Lunatic asylums in Bengal annual reports 1888-1898 - 1888-1898
Year: 1888
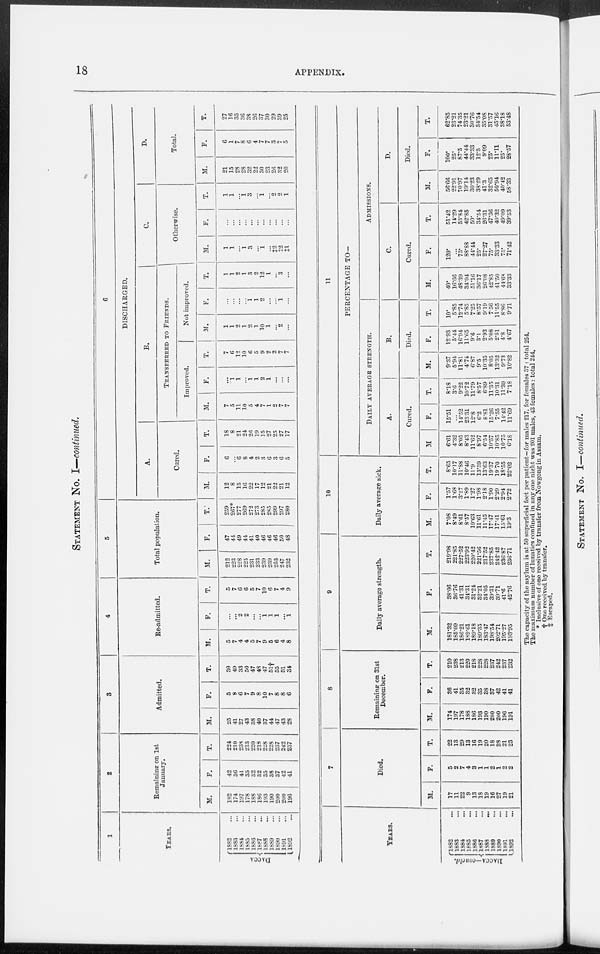
18
APPENDIX.
STATEMENT No. I—continued.
1
YEARS.
DACCA
1882 ...
1883 ...
1884 ...
1885 ...
1886 ...
1887 ...
1888 ...
1889 ...
1890 ...
1891 ...
1892 ...
2
Remaining on 1st
January.
M.
182
174
197
178
188
186
193
190
200
200
196
F.
42
36
41
35
32
32
35
38
37
42
41
T.
224
210
238
213
220
218
228
228
237
242
237
3
Admitted.
M.
25
41
27
43
38
40
37
44
47
43
28
F.
5
8
6
7
9
8
10
7
8
8
6
T.
30
49
33
50
47
48
47
51†
55
51
34
4
Re-admitted.
M.
5
7
4
4
5
7
9
5
6
4
8
F.
...
...
2
2
...
...
1
1
1
...
1
T.
5
7
6
6
5
7
10
6
7
4
9
5
Total population.
M.
212
223
228
225
231
233
239
239
253
247
232
F.
47
44
49
44
41
40
46
46
46
50
48
T.
259
267*
277
269
272
273
285
285
299
297
280
6
DISCHARGED.
A.
Cured.
M.
12
8
15
16
22
17
12
21
22
21
12
F.
6
...
6
8
4
2
3
6
3
6
5
T.
18
8
21
24
26
19
15
27
25
27
17
B.
TRANSFERRED TO FRIENDS.
Improved.
M.
7
5
11
10
5
4
7
1
2
7
7
F.
...
1
1
...
1
1
2
1
...
...
...
T.
7
6
12
10
6
5
9
2
2
7
7
Not improved.
M.
1
1
2
1
2
1
10
1
...
2
...
F.
...
...
...
...
1
1
2
...
...
1
...
T.
1
1
2
1
3
2
12
1
...
3
...
C.
Otherwise.
M.
1
1
...
1
3
...
1
...
‡2
‡2
‡1
F.
...
...
...
...
...
...
...
...
...
...
...
T.
1
1
...
1
3
...
1
...
2
2
1
D.
Total.
M.
21
15
28
28
32
22
30
23
26
32
20
F.
6
1
7
8
6
4
7
7
3
7
5
T.
27
16
35
36
38
26
37
30
29
39
25
YEARS.
DACCA—concld.
1882 ...
1883 ...
1884 ...
1885 ...
1886 ...
1887 ...
1888 ...
1889 ...
1890 ...
1891 ...
1892 ...
7
Died.
M.
17
11
22
9
13
18
19
16
27
19
21
F.
5
2
7
4
3
1
1
2
1
2
2
T.
22
13
29
13
16
19
20
18
28
21
23
8
Remaining on 31st
December.
M.
174
197
178
188
186
193
190
200
200
196
191
F.
36
41
35
32
32
35
38
37
42
41
41
T.
210
238
213
220
218
228
228
237
242
237
232
9
Daily average strength.
M.
181.32
185.09
186.21
189.61
189.18
189.35
183.47
198.54
202.71
195.27
193.95
F.
38.66
36.76
41.31
34.31
31.24
32.21
34.05
39.31
39.71
41.6
42.76
T.
219.98
221.85
227.52
223.92
220.42
221.56
217.52
237.85
242.42
236.87
236.71
10
Daily average sick.
M.
7.08
8.49
8.61
8.57
10.63
11.61
11.45
17.47
17.41
15.61
19.3
F.
1.57
1.68
3.27
1.89
1.27
1.98
2.18
1.90
2.29
2.94
2.72
T.
8.65
10.17
11.88
10.46
11.9
13.59
13.63
19.37
19.70
18.55
22.02
11
PERCENTAGE TO—
DAILY AVERAGE STRENGTH.
A.
Cured.
M.
6.61
4.32
8.05
8.43
11.62
8.97
6.54
10.57
10.85
10.75
6.18
F.
15.51
...
14.52
23.31
12.8
6.2
8.81
15.26
7.55
14.42
11.69
T.
8.18
3.6
9.22
10.72
11.79
8.57
6.89
11.35
10.31
11.39
7.18
B.
Died.
M.
9.37
5.94
11.81
4.74
6.87
9.5
10.35
8.05
13.32
9.73
10.82
F.
12.93
5.44
16.94
11.65
9.6
3.1
2.93
5.08
2.51
4.8
4.67
T.
10.
5.85
12.74
5.85
7.25
8.57
9.19
7.56
11.55
8.86
9.71
ADMISSIONS.
C.
Cured.
M.
40.
16.66
48.39
34.04
51.16
36.17
26.08
42.85
41.50
44.68
33.33
F.
120.
...
75.
88.88
44.44
25.
27.27
75.
33.33
75.
71.42
T.
51.42
14.29
53.84
42.85
50.
34.54
26.31
47.36
40.32
49.09
39.53
D.
Died.
M.
56.66
22.91
70.97
19.14
30.23
38.29
41.3
32.65
50.94
40.42
58.33
F.
100.
25.
87.5
44.44
33.33
12.5
9.09
25.
11.11
25.
28.57
T.
62.85
23.21
74.35
23.21
30.76
34.54
35.08
31.57
45.16
38.18
53.48
The capacity of the asylum is at 50 superficial feet per patient—for males 217, for females 37 : total 254.
The maximum number of lunatics confined in any one night was 201 males, 43 females : total 244.
* Inclusive of one received by transfer from Nowgong in Assam.
† One received by transfer.
‡ Escaped.